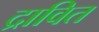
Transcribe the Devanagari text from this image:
द्रावित